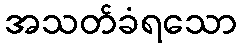
အသတ်ခံရသော